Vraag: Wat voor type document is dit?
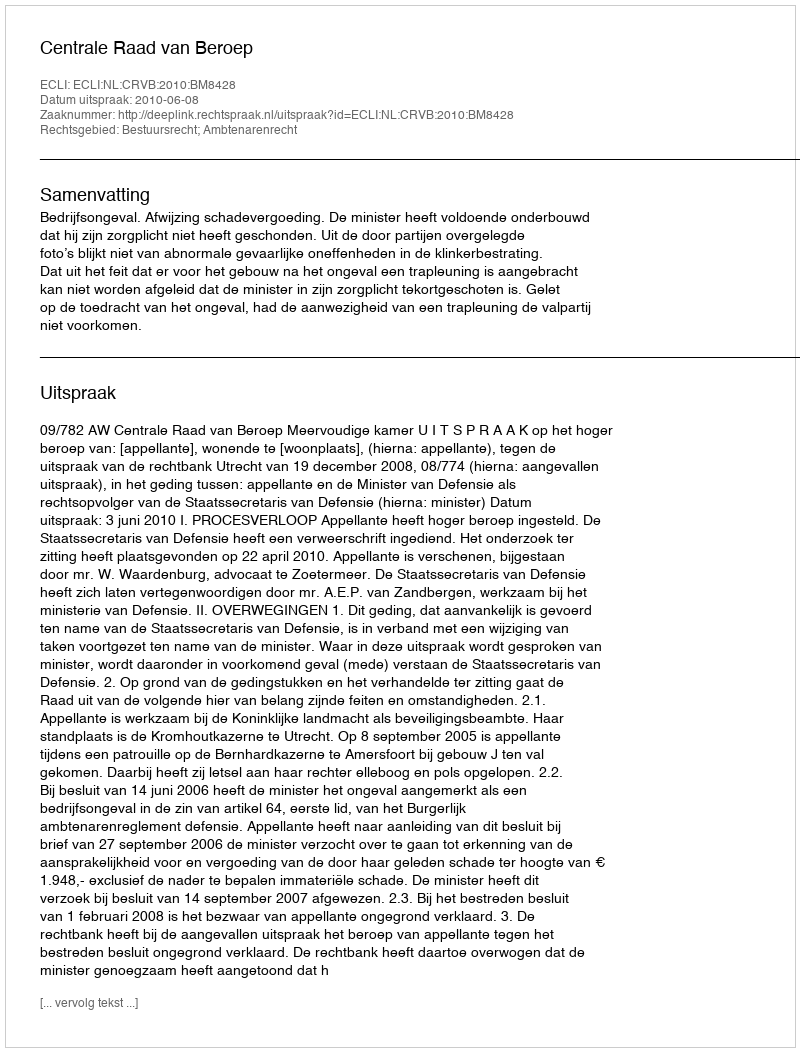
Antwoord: Uitspraak